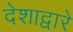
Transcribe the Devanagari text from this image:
देशाद्वारे